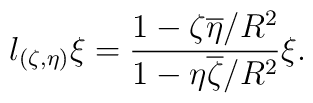
l_{(\zeta,\eta)}\xi=\frac{1-\zeta\overline\eta/R^2}{1-\eta\overline\zeta/R^2 }\xi.